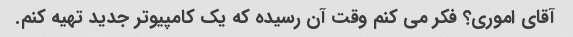
آقای اموری؟ فکر می کنم وقت آن رسیده که یک کامپیوتر جدید تهیه کنم.